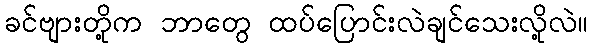
ခင်ဗျားတို့က ဘာတွေ ထပ်ပြောင်းလဲချင်သေးလို့လဲ။